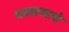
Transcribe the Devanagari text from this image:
धक्क्याचे